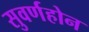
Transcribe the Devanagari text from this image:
सुवर्णहोन